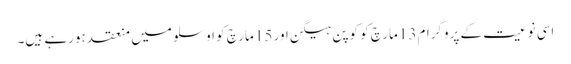
اسی نوعیت کے پروگرام13 مارچ کو کوپن ہیگن اور 15 مارچ کو اوسلو میں منعقد ہورہے ہیں۔